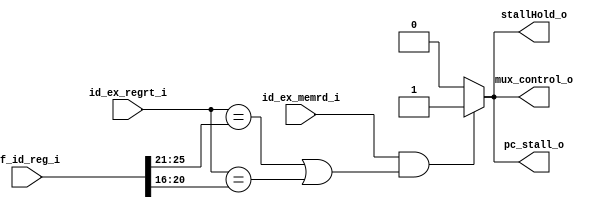
module HD
(
	if_id_reg_i,
	id_ex_regrt_i,
	id_ex_memrd_i,
	mux_control_o,
	pc_stall_o,
	stallHold_o
);

input	[31:0]	if_id_reg_i;
input	[4:0]	id_ex_regrt_i;
input	id_ex_memrd_i;
output	mux_control_o;
output	pc_stall_o;
output	stallHold_o;

reg	stallHold;
reg	pc_stall;
reg	mux_control;

always @(*) begin
	stallHold = 1'b0;
	pc_stall = 1'b0;
	mux_control = 1'b0;
	
	if(id_ex_memrd_i && ((id_ex_regrt_i == if_id_reg_i[25:21]) || (id_ex_regrt_i == if_id_reg_i[20:16]))) begin
	stallHold = 1'b1;
	pc_stall = 1'b1;
	mux_control = 1'b1;
	end
end

assign	stallHold_o = stallHold;
assign	pc_stall_o = pc_stall;
assign	mux_control_o = mux_control;

endmodule